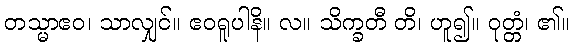
တသ္မာဧဝ၊ သာလျှင်။ ဧဝရူပါနိ။ လ။ သိက္ခတီ တိ၊ ဟူ၍။ ဝုတ္တံ၊ ၏။